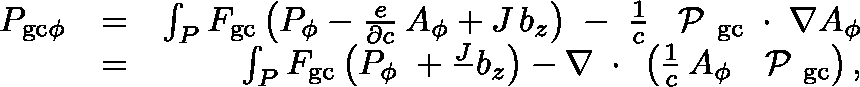
\begin{array} { r l r } { P _ { \mathrm { g c } \phi } } & { = } & { \int _ { P } F _ { \mathrm { g c } } \left( P _ { \phi } - \frac { e } { \partial c } \, A _ { \phi } + J \, b _ { z } \right) \; - \; \frac { 1 } { c } \, \mathrm { \boldmath ~ \cal ~ P ~ } _ { \mathrm { g c } } \, \mathrm { \boldmath ~ \cdot ~ } \, \nabla A _ { \phi } } \\ & { = } & { \int _ { P } F _ { \mathrm { g c } } \left( P _ { \phi } \; + \frac J \, b _ { z } \right) - \nabla \, \mathrm { \boldmath ~ \cdot ~ } \, \left( \frac { 1 } { c } \, A _ { \phi } \; \mathrm { \boldmath ~ \cal ~ P ~ } _ { \mathrm { g c } } \right) , } \end{array}